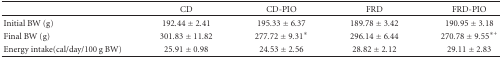
<table><thead><tr><td><b> </b></td><td><b>CD</b></td><td><b>CD-PIO</b></td><td><b>FRD</b></td><td><b>FRD-PIO</b></td></tr></thead><tbody><tr><td>Initial BW (g)</td><td>192.44 ± 2.41</td><td>195.33 ± 6.37</td><td>189.78 ± 3.42</td><td>190.95 ± 3.18</td></tr><tr><td>Final BW (g)</td><td>301.83 ± 11.82</td><td>277.72 ± 9.31*</td><td>296.14 ± 6.44</td><td>270.78 ± 9.55<sup>∗+</sup></td></tr><tr><td>Energy intake (cal/day/100 g BW)</td><td>25.91 ± 0.98</td><td>24.53 ± 2.56</td><td>28.82 ± 2.12</td><td>29.11 ± 2.83</td></tr></tbody></table>